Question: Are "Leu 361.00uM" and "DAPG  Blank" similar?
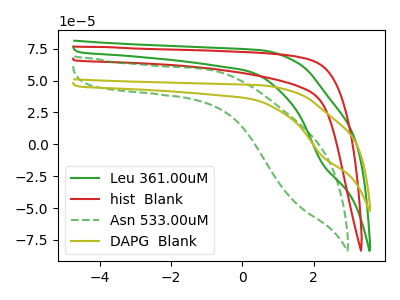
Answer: <think>The green curve "Leu 361.00uM" has a cathodic peak at: (2.25V, -15.30uA). The red curve "hist  Blank" has no peaks. The green dashed curve "Asn 533.00uM" has no peaks. The olive curve "DAPG  Blank" has a cathodic peak at: (2.25V, -9.60uA).
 All the peaks in "Leu 361.00uM" have a peak in "DAPG  Blank" at the same potential. Every peak in "Leu 361.00uM" is higher than every peak in "DAPG  Blank".</think>
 <answer>"Leu 361.00uM" and "DAPG  Blank" are similar in shape.</answer>
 <eval>same_shape</eval>